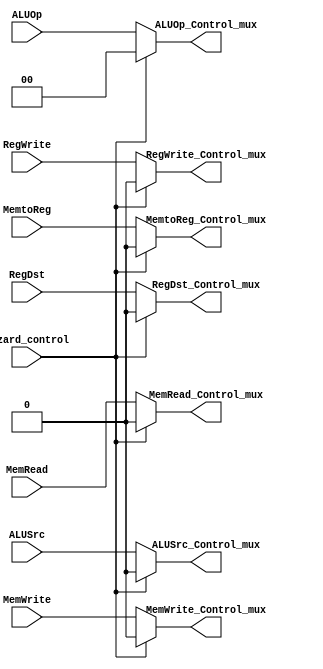
module mux_Control(
	// Outputs
	output reg [1:0]ALUOp_Control_mux,
	output reg RegDst_Control_mux, RegWrite_Control_mux, ALUSrc_Control_mux, MemWrite_Control_mux, MemRead_Control_mux, MemtoReg_Control_mux,
	// Inputs
	input wire [1:0]ALUOp,
	input wire RegDst, RegWrite, ALUSrc, MemWrite, MemRead, MemtoReg, hazard_control
);

	always @ (*)
	begin 
		if (hazard_control == 1)
		begin 
			ALUOp_Control_mux <= 0;
			RegDst_Control_mux <= 0;
			RegWrite_Control_mux <= 0;
			ALUSrc_Control_mux <= 0;
			MemWrite_Control_mux <= 0;
			MemRead_Control_mux <= 0;
			MemtoReg_Control_mux <= 0;
		end
		else 
		begin
			ALUOp_Control_mux <= ALUOp;
			RegDst_Control_mux <= RegDst;
			RegWrite_Control_mux <= RegWrite;
			ALUSrc_Control_mux <= ALUSrc;
			MemWrite_Control_mux <= MemWrite;
			MemRead_Control_mux <= MemRead;
			MemtoReg_Control_mux <= MemtoReg;
		end
	end
	
endmodule